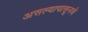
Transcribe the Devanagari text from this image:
असल्यापासूनचे